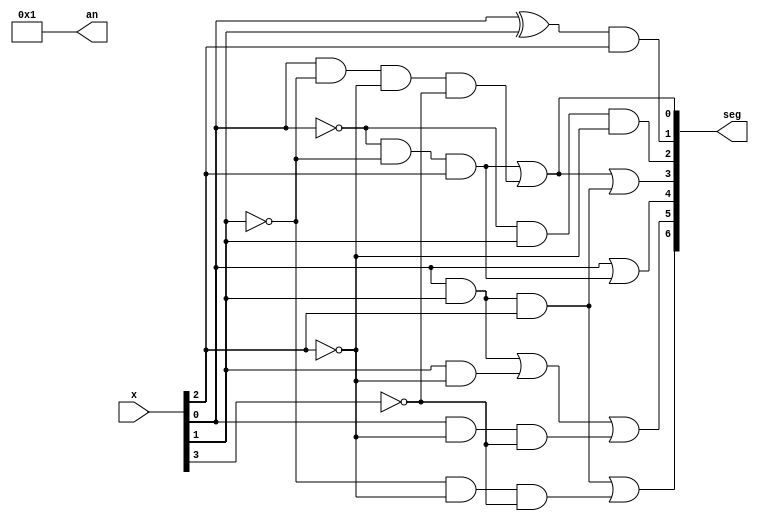
module bcd_to_7segment_decoder(input [3:0] x, output [3:0] an, output [6:0] seg);
	assign an = 4'b0001;
	assign  seg[0] = (~x[0] & ~x[1] & x[2]) | (x[0] & ~x[1] & ~x[2] & ~x[3]); // a
	assign  seg[1] = (x[0] ^ x[1]) & x[2]; // b
	assign  seg[2] = ~x[0] & x[1] & ~x[2]; // c
	assign  seg[3] = (~x[0] & ~x[1] & x[2]) | (x[0] & ~x[1] & ~x[2] & ~x[3]) | (x[0] & x[1] & x[2]); // d
	assign  seg[4] = (x[0] ) | (~x[0] & ~x[1] & x[2]); // e
	assign  seg[5] = (x[0] & x[1]) | (x[1] & ~x[2]) | (x[0] & ~x[2] & ~x[3]); // f
	assign  seg[6] = (x[0] & x[1] & x[2]) | (~x[1] & ~x[2] & ~x[3]); // g
endmodule